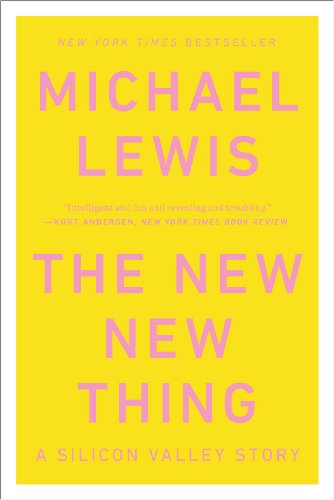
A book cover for The New New Thing: A Silicon Valley Story; Michael Lewis; Computers & Technology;